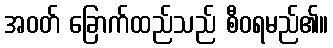
အဝတ် ခြောက်ထည်သည် စီဝရမည်၏။